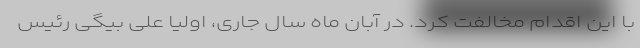
با این اقدام مخالفت کرد. در آبان ماه سال جاری، اولیا علی بیگی رئیس